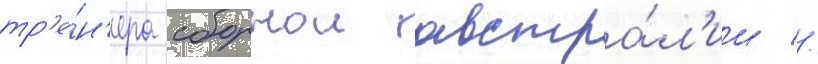
тр'е́н'ера сборнои австра́л'ии //